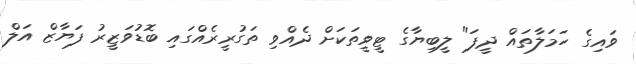
ވައިގެ ހަމަލާތައް ދީފަ" ލީބިޔާގެ ޓީވީތަކަށް ދެއްވި ތަގުރީރެއްގައި ބޮޑުވަޒީރު ފަޔާޒް އަލް